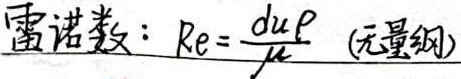
雷诺数：\(Re = \frac{du\rho}{\mu}\) (无量纲)